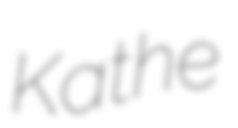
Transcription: Kathe